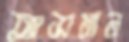
তাসমান